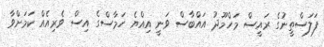
ފަލަސްތީނުގެ ރައީސް މަހްމޫދު އައްބާސް ވަނީ އިއްޔެ ހަމާސްގެ އިސް ވެރިއެއް ކަމަށްވާ